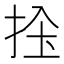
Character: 𢬝